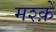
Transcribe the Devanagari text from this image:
मश्क़ें